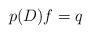
LaTeX: \begin{align*} p(D)f=q\end{align*}